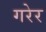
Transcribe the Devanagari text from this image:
गरेर